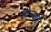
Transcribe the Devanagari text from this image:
झैन्थी